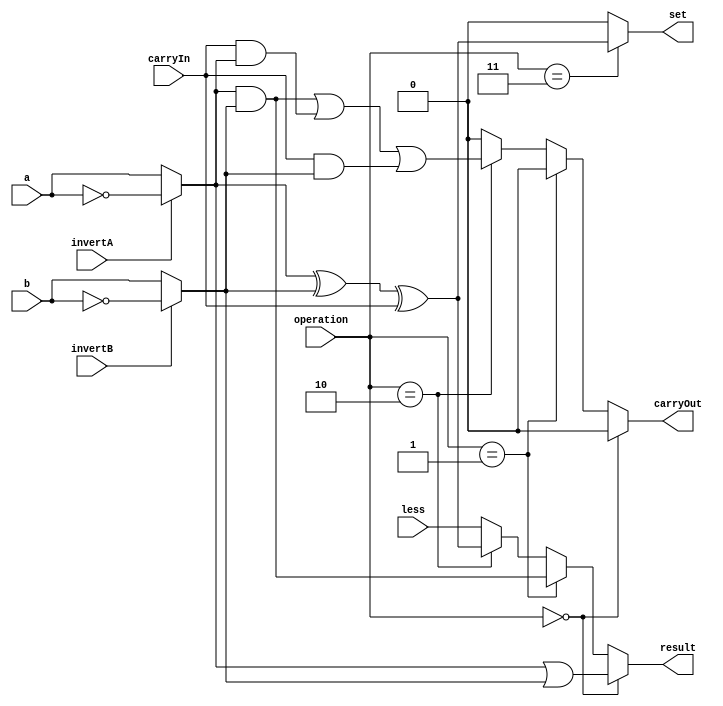
`timescale 1ns / 1ps
//////////////////////////////////////////////////////////////////////////////////
// Company: 
// Engineer: 
// 
// Design Name: 
// Module Name: ALU_bottom
// Project Name: 
// Target Devices: 
// Tool Versions: 
// Description: 
// 
// Dependencies: 
// 
// Revision:
// Revision 0.01 - File Created
// Additional Comments:
// 
//////////////////////////////////////////////////////////////////////////////////


module ALU_bottom(result, carryOut, a, b, invertA, invertB, operation, carryIn, less, set); 
  
  output wire result;
  output wire carryOut;
  output wire set;
  
  input wire a;
  input wire b;
  input wire invertA;
  input wire invertB;
  input wire[1:0] operation;
  input wire carryIn;
  input wire less;

  wire a_temp;
  wire b_temp;
  
  //Full_adder FA(
  //  .sum(result),
  //  .carryOut(carryOut),
  //  .carryIn(carryIn),
  //  .input1(a_temp),
  //  .input2(b_temp)
  //  );
    
	assign a_temp = invertA ? ~a : a;
	assign b_temp = invertB ? ~b : b;
	
	assign result = (operation == 2'b00) ? a_temp | b_temp :
	               (operation == 2'b01) ? a_temp & b_temp :
	               (operation == 2'b10) ? a_temp ^ b_temp ^ carryIn:
	                                      less;
	
	assign carryOut = (operation == 2'b00) ? 1'b0 :
	                 (operation == 2'b01) ? 1'b0 :
	                 (operation == 2'b10) ? (a_temp & b_temp) | (carryIn & a_temp) | (carryIn & b_temp):
	                                        1'b0;
	
	assign set = (operation == 2'b11) ? a_temp ^ b_temp ^ carryIn : 1'b0;
    
endmodule